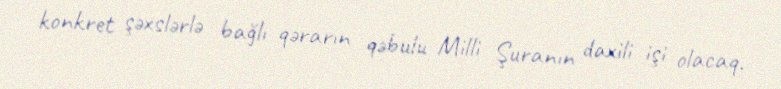
konkret şəxslərlə bağlı qərarın qəbulu Milli Şuranın daxili işi olacaq.